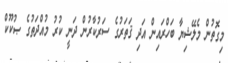
މިގޮތުން މެލޭޝިޔާ ބަހްރައިން އަދި ޤަތަރުގެ ސަރުކާރުން ދަނީ ކުރު މުއްދަތުގެ ޞުކޫކް